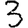
Digit: 3